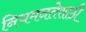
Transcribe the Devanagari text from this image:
नियमनतेसाठी